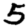
Digit: 5